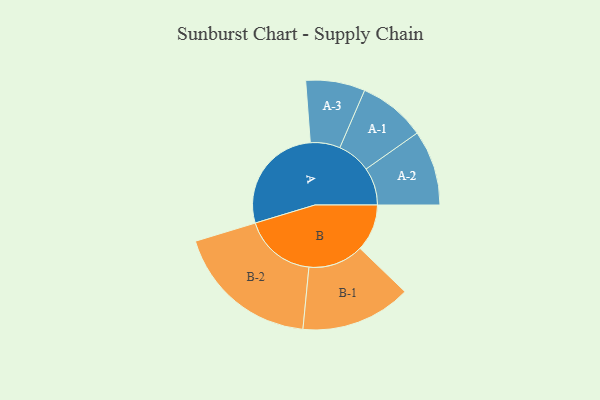
{"axis": {"x": "Segment", "y": "Value"}, "legend": ["", "A", "B"], "data": [{"x": "A", "y": 411, "type": ""}, {"x": "B", "y": 176, "type": ""}, {"x": "A-1", "y": 126, "type": "A"}, {"x": "A-2", "y": 141, "type": "A"}, {"x": "A-3", "y": 111, "type": "A"}, {"x": "B-1", "y": 207, "type": "B"}, {"x": "B-2", "y": 271, "type": "B"}]}